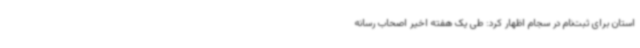
استان برای ثبت‌نام در سجام اظهار کرد: طی یک هفته اخیر اصحاب رسانه